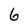
Character: 6